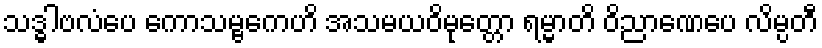
သဒ္ဓါဗလံပေ ကောသမ္ဗကေဟိ အသမယဝိမုတ္တော ရမ္မာတိ ဝိညာဏေပေ လိမ္ပတီ